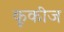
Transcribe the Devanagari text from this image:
कूकीज